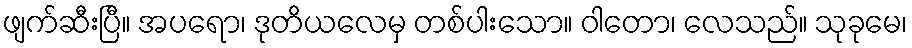
ဖျက်ဆီးပြီ။ အပရော၊ ဒုတိယလေမှ တစ်ပါးသော။ ဝါတော၊ လေသည်။ သုခုမေ၊